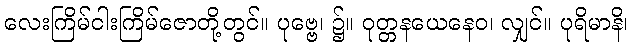
လေးကြိမ်ငါးကြိမ်ဇောတို့တွင်။ ပုဗ္ဗေ၊ ၌။ ဝုတ္တနယေနေဝ၊ လျှင်။ ပုရိမာနိ၊